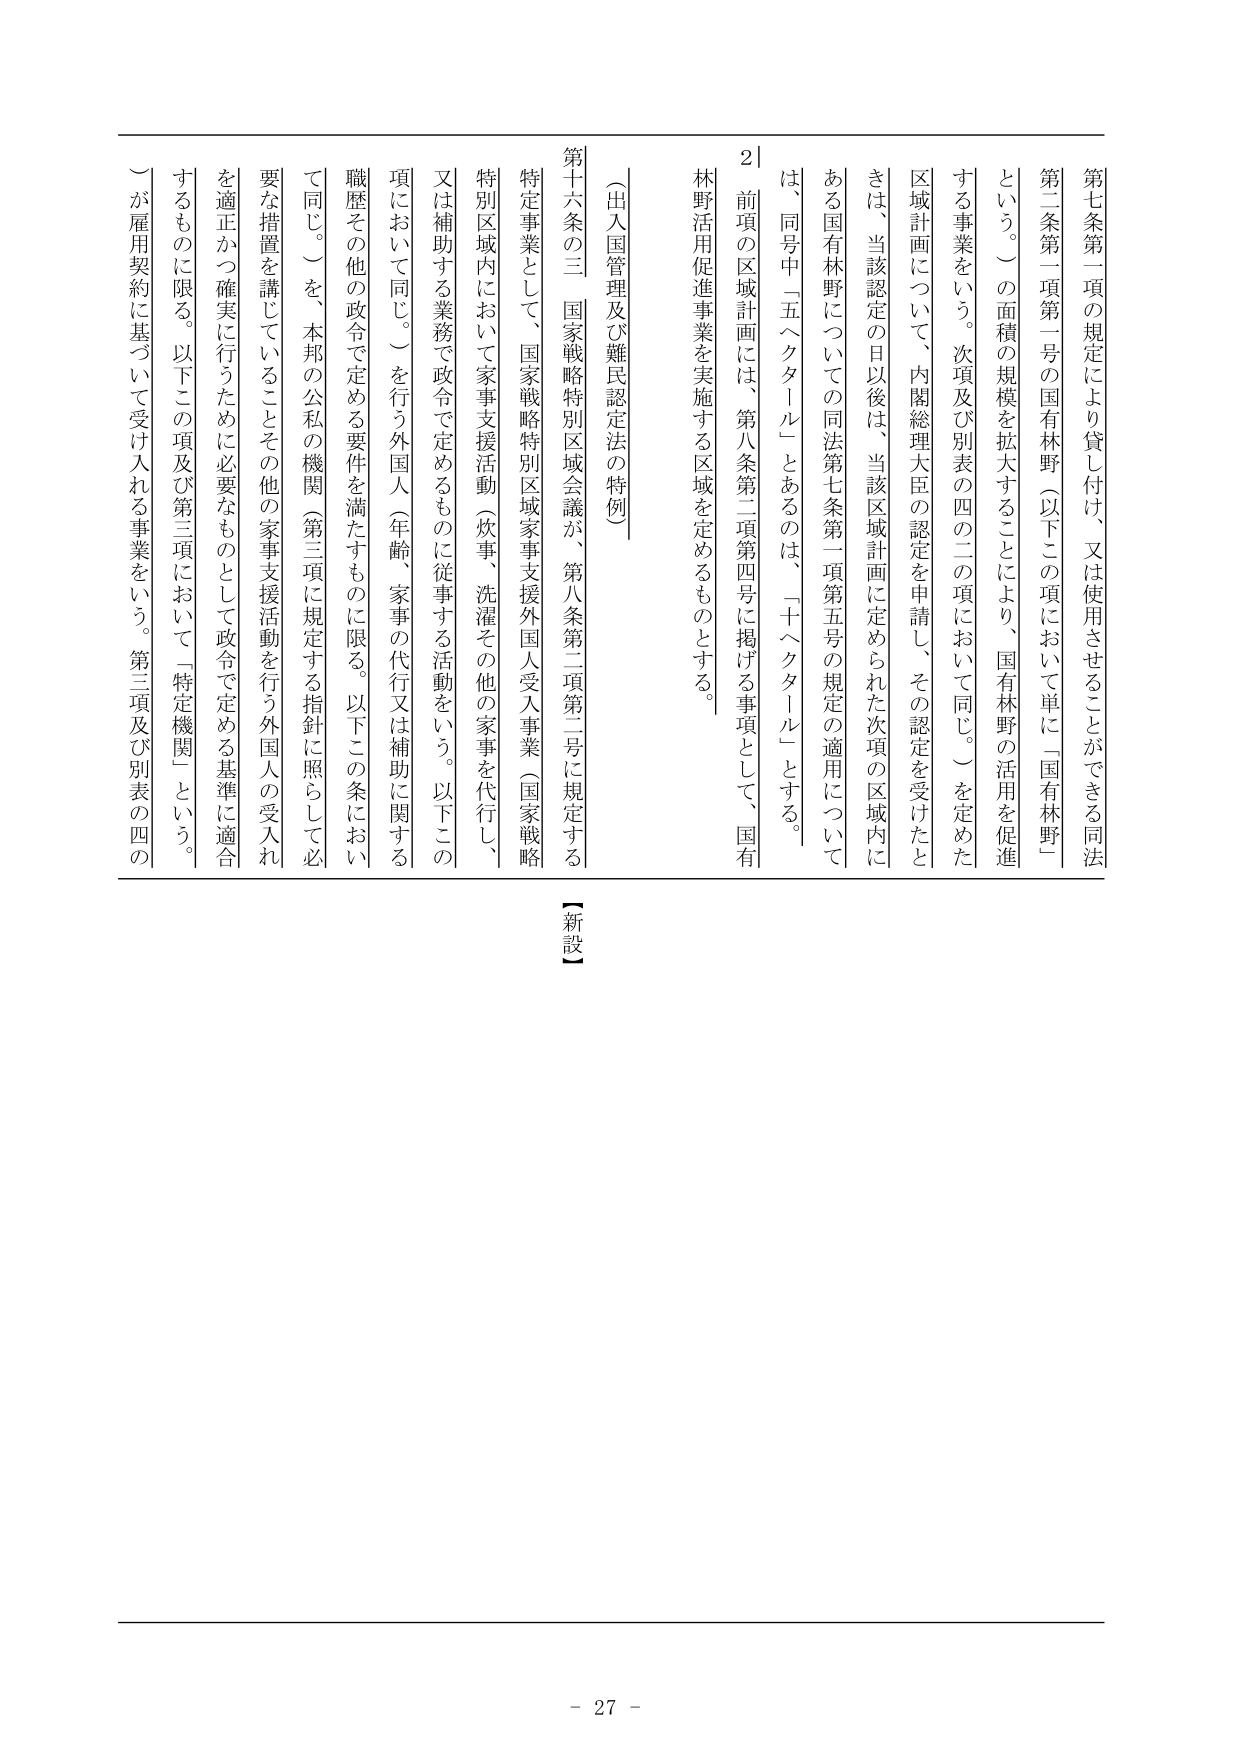
第七条第一項の規定により貸し付け、又は使用させることができる同法第二条第一項第一号の国有林野（以下この項において単に「国有林野」という。）の面積の規模を拡大することにより、国有林野の活用を促進する事業をいう。次項及び別表の四の二の項において同じ。）を定めた区域計画について、内閣総理大臣の認定を申請し、その認定を受けたときは、当該認定の日以後は、当該区域計画に定められた次項の区域内にある国有林野についての同法第七条第一項第五号の規定の適用については、同号中「五ヘクタール」とあるのは、「十ヘクタール」とする。

２ 前項の区域計画には、第八条第二項第四号に掲げる事項として、国有林野活用促進事業を実施する区域を定めるものとする。

（出入国管理及び難民認定法の特例）

第十六条の三 国家戦略特別区域会議が、第八条第二項第二号に規定する特定事業として、国家戦略特別区域家事支援外国人受入事業（国家戦略特別区域内において家事支援活動（炊事、洗濯その他の家事を代行し、又は補助する業務で政令で定めるものに従事する活動をいう。以下この項において同じ。）を行う外国人（年齢、家事の代行又は補助に関する職歴その他の政令で定める要件を満たすものに限る。以下この条において同じ。）を、本邦の公私の機関（第三項に規定する指針に照らして必要な措置を講じていることその他の家事支援活動を行う外国人の受入れを適正かつ確実に行うために必要なものとして政令で定める基準に適合するものに限る。以下この項及び第三項において「特定機関」という。）が雇用契約に基づいて受け入れる事業をいう。第三項及び別表の四の

【新設】

- 27 -